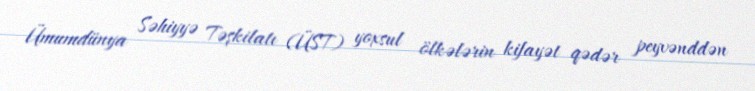
Ümumdünya Səhiyyə Təşkilatı (ÜST) yoxsul ölkələrin kifayət qədər peyvənddən